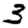
Digit: 3